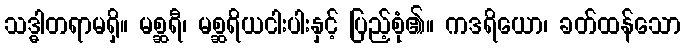
သဒ္ဓါတရာမရှိ။ မစ္ဆရီ၊ မစ္ဆရိယငါးပါးနှင့် ပြည့်စုံ၏။ ကဒရိယော၊ ခတ်ထန်သော